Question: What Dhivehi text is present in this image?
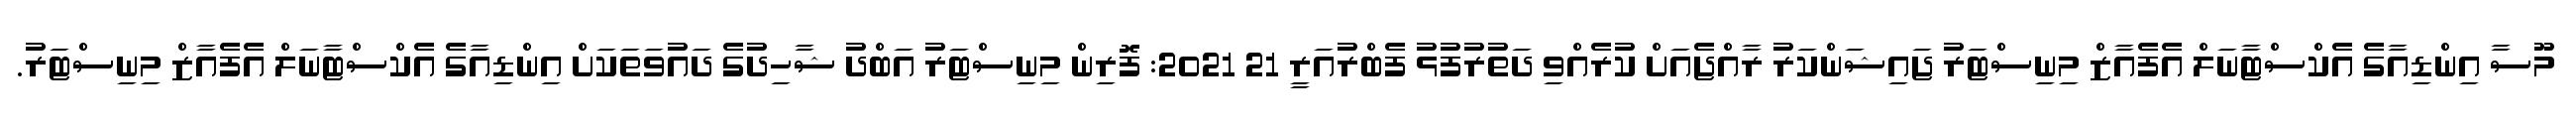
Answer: މޫސާ އިންޑިއާގެ އެކްސްޓާނަލް އެފެއާޒް މިނިސްޓަރު ޖައިޝަންކަރު ރާއްޖެއަށް ކުރެއްވި ދަތުރުފުޅު ފެބްރުއަރީ 21 2021: ފޮރިން މިނިސްޓަރު އަބްދު ޝާހިދުގެ ދައުވަތަކަށް އިންޑިއާގެ އެކްސްޓާނަލް އެފެއާޒް މިނިސްޓަރު.